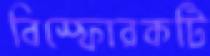
বিস্ফোরকটি